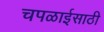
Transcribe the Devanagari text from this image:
चपळाईसाठी